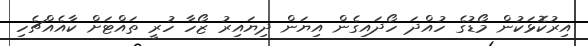
އިރުކޮޅަކުން މޯޑުގެ ހުއްދަ ހޯދައިގެން އިޔަން ދިޔައިރު ޒޯހާ ހުރީ ތައްޓަށް ކާއެއްޗެހި